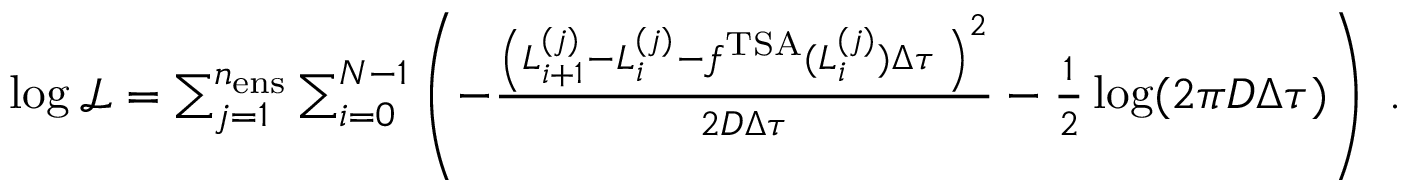
\begin{array} { r } { \log \mathcal { L } = \sum _ { j = 1 } ^ { n _ { \mathrm { e n s } } } \sum _ { i = 0 } ^ { N - 1 } \left( - \frac { \left( L _ { i + 1 } ^ { ( j ) } - L _ { i } ^ { ( j ) } - f ^ { \mathrm { T S A } } ( L _ { i } ^ { ( j ) } ) \Delta \tau \; \right) ^ { 2 } } { 2 D \Delta \tau } - \frac { 1 } { 2 } \log ( 2 \pi D \Delta \tau ) \right) \ . } \end{array}